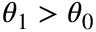
\theta _ { 1 } > \theta _ { 0 }